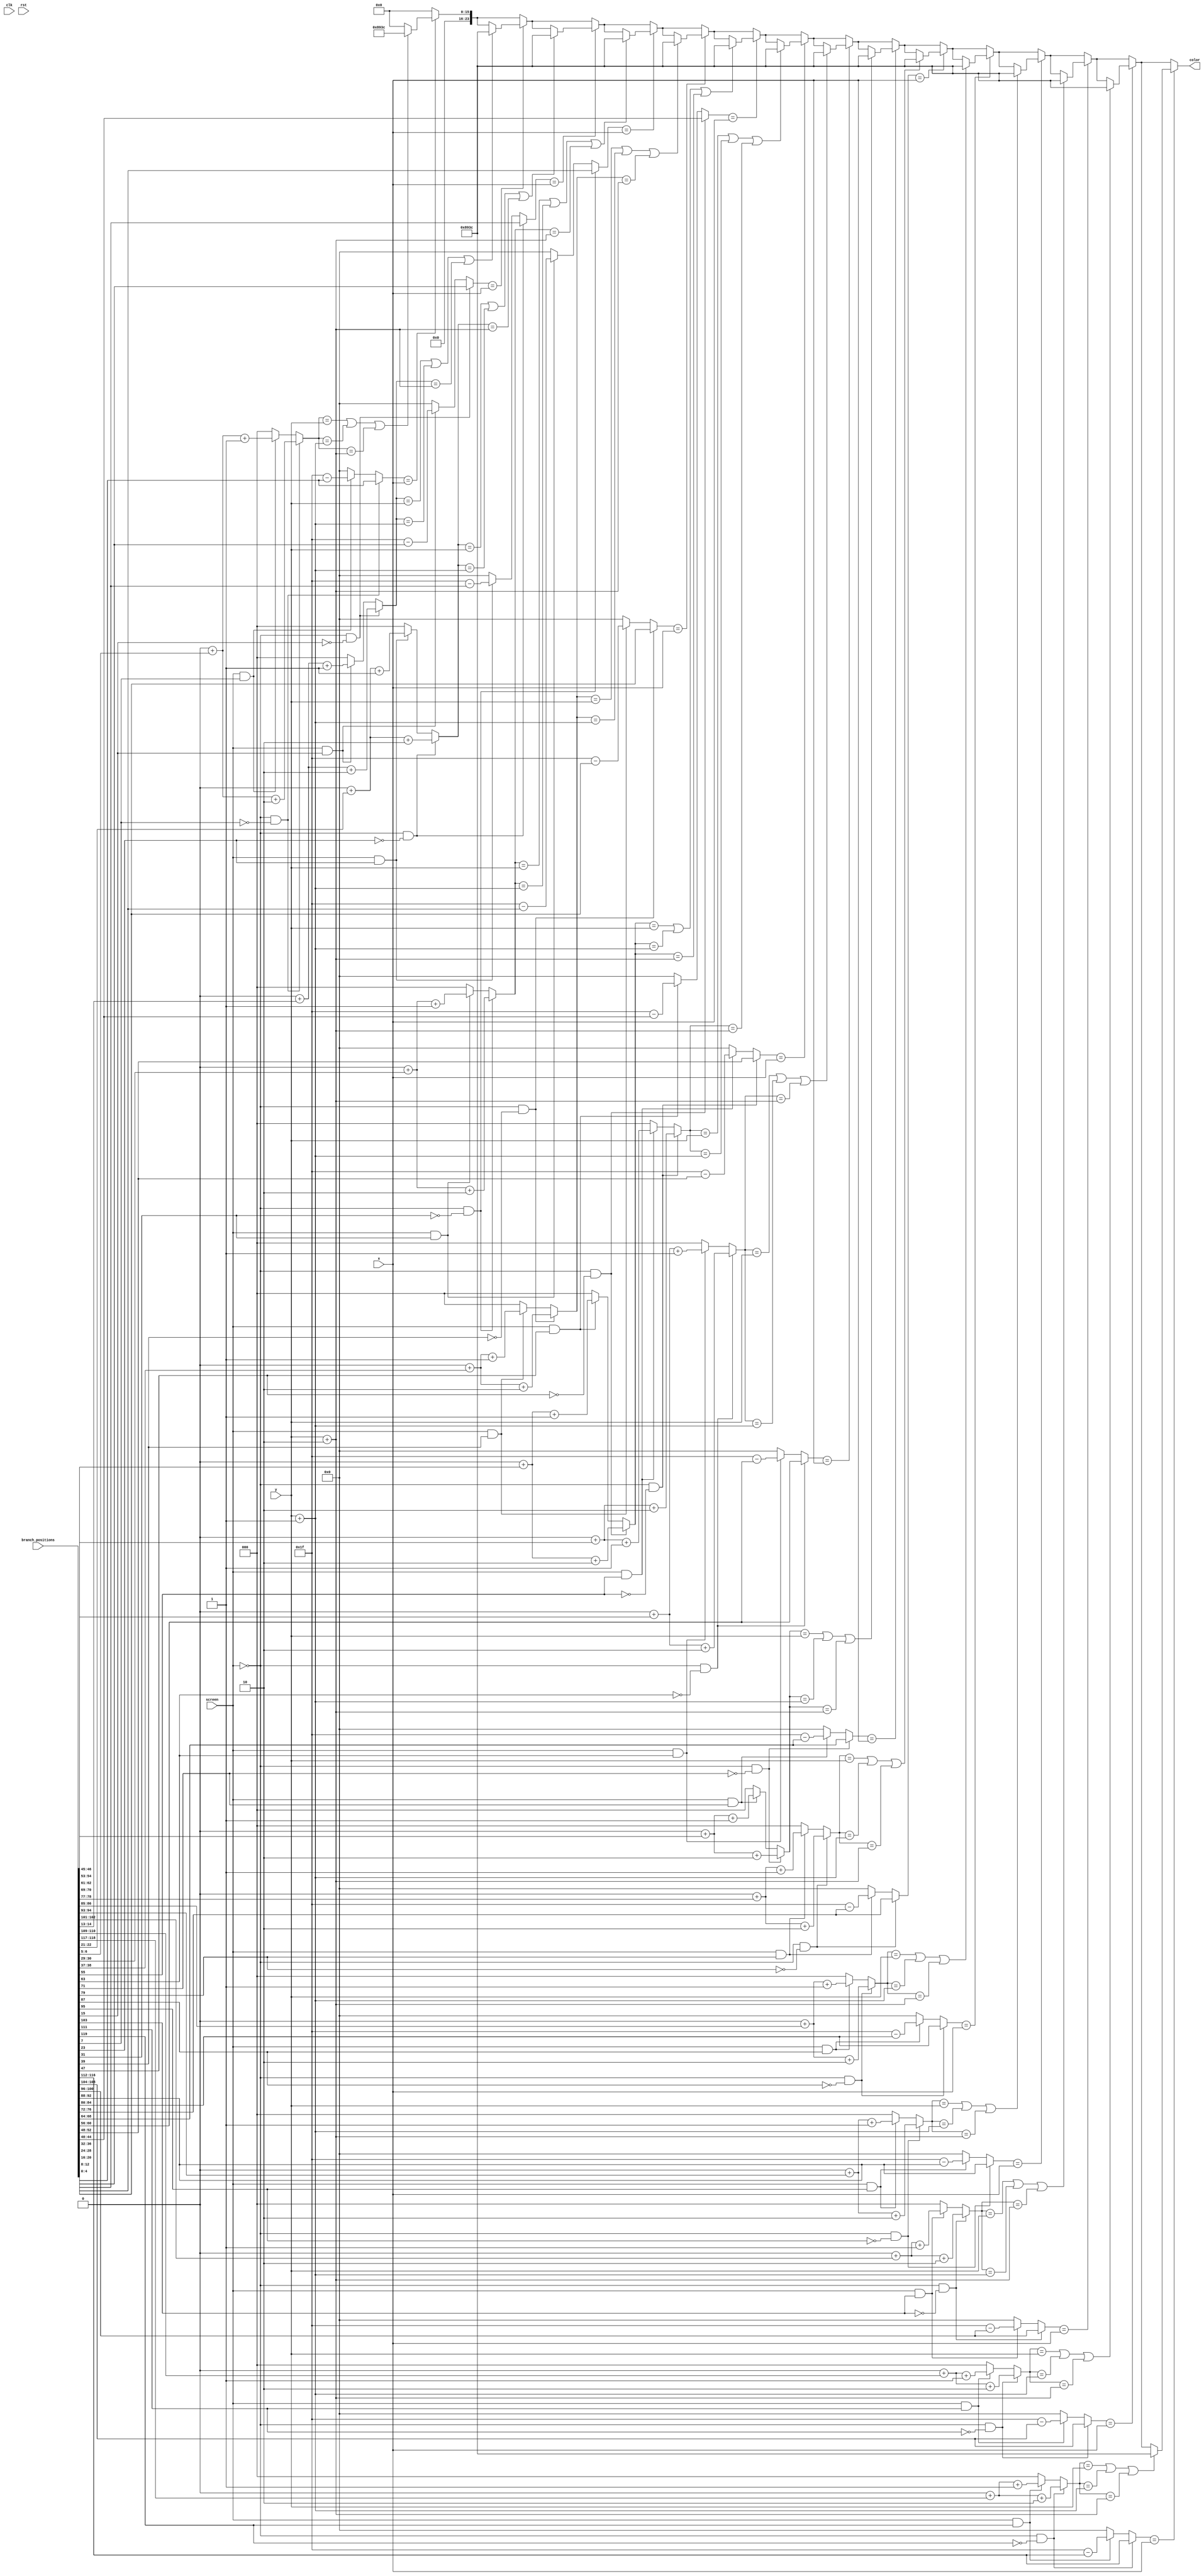
/*
   This file was generated automatically by Alchitry Labs version 1.2.7.
   Do not edit this file directly. Instead edit the original Lucid source.
   This is a temporary file and any changes made to it will be destroyed.
*/

module branch_display_13 (
    input clk,
    input rst,
    input [151:0] branch_positions,
    input [4:0] x,
    input [2:0] y,
    input screen,
    output reg [23:0] color
  );
  
  
  
  reg [4:0] branch_x;
  reg [2:0] branch_y;
  
  reg [7:0] branch_position;
  
  reg [3:0] k;
  
  always @* begin
    color = 24'h000000;
    for (k = 1'h0; k < 4'hf; k = k + 1) begin
      branch_position = branch_positions[(k)*8+7-:8];
      if (screen == 1'h0 && branch_position[7+0-:1] == 1'h0) begin
        branch_y = 3'h0 + branch_position[5+1-:2] + 2'h2;
        branch_x = branch_position[0+4-:5];
      end else begin
        if (screen == 1'h1 && branch_position[7+0-:1] == 1'h1) begin
          branch_y = 3'h0 + branch_position[5+1-:2] + 1'h1;
          branch_x = 5'h1f - branch_position[0+4-:5];
        end else begin
          branch_y = 8'h00;
          branch_x = 8'h00;
        end
      end
      if (branch_x == x) begin
        if (branch_y == y || branch_y == y + 1'h1 || branch_y == y + 2'h2) begin
          color = 24'h00893c;
        end
      end
    end
  end
endmodule